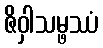
ဇိဝှါသမ္ဖဿံ